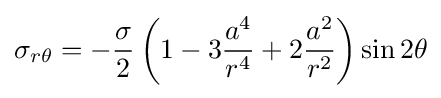
\sigma _{r\theta }=-{\frac {\sigma }{2}}\left(1-3{\frac {a^{4}}{r^{4}}}+2{\frac {a^{2}}{r^{2}}}\right)\sin 2\theta